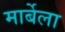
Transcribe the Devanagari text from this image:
मार्बेला